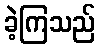
ခဲ့ကြသည်